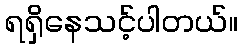
ရရှိနေသင့်ပါတယ်။